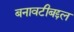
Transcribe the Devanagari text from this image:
बनावटीबद्दल